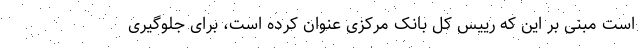
است مبنی بر این که رییس کل بانک مرکزی عنوان کرده است، برای جلوگیری